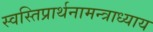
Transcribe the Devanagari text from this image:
स्वस्तिप्रार्थनामन्त्राध्याय